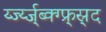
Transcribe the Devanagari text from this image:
र्य्ज्य्ज्ब्क्ग्फ्र्स्र्द